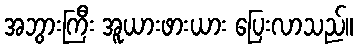
အဘွားကြီး အူယားဖားယား ပြေးလာသည်။